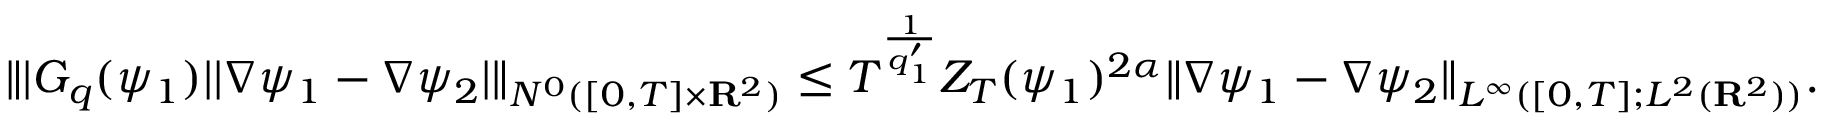
\| | G _ { q } ( \psi _ { 1 } ) | | \nabla \psi _ { 1 } - \nabla \psi _ { 2 } | \| _ { N ^ { 0 } ( [ 0 , T ] \times { \mathbf R } ^ { 2 } ) } \leq T ^ { \frac { 1 } { q _ { 1 } ^ { \prime } } } Z _ { T } ( \psi _ { 1 } ) ^ { 2 \alpha } \| \nabla \psi _ { 1 } - \nabla \psi _ { 2 } \| _ { L ^ { \infty } ( [ 0 , T ] ; L ^ { 2 } ( { \mathbf R } ^ { 2 } ) ) } .